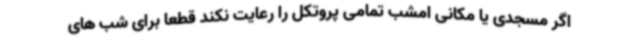
اگر مسجدی یا مکانی امشب تمامی پروتکل را رعایت نکند قطعا برای شب های